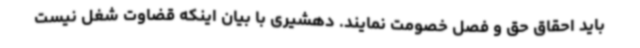
باید احقاق حق و فصل خصومت نمایند. دهشیری با بیان اینکه قضاوت شغل نیست